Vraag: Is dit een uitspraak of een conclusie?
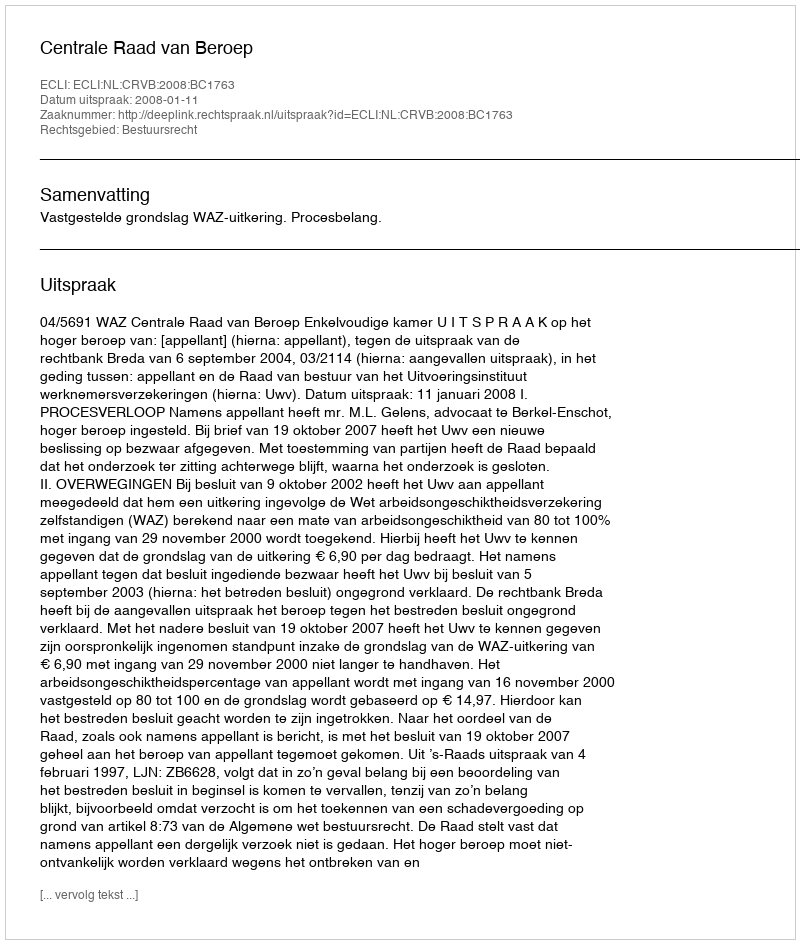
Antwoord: Uitspraak